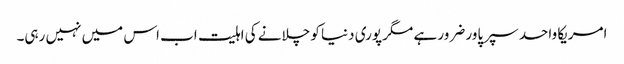
امریکا واحد سپر پاور ضرور ہے مگر پوری دنیا کو چلانے کی اہلیت اب اس میں نہیں رہی۔